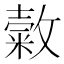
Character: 𢿰